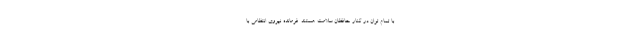
با تمام توان در کنار حافظان سلامت هستند. فرمانده نیروی انتظامی با